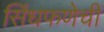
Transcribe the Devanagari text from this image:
सिंधफणेची